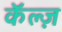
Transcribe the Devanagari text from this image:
कॅल्ज़